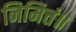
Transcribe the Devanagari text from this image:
निमित्तं॥